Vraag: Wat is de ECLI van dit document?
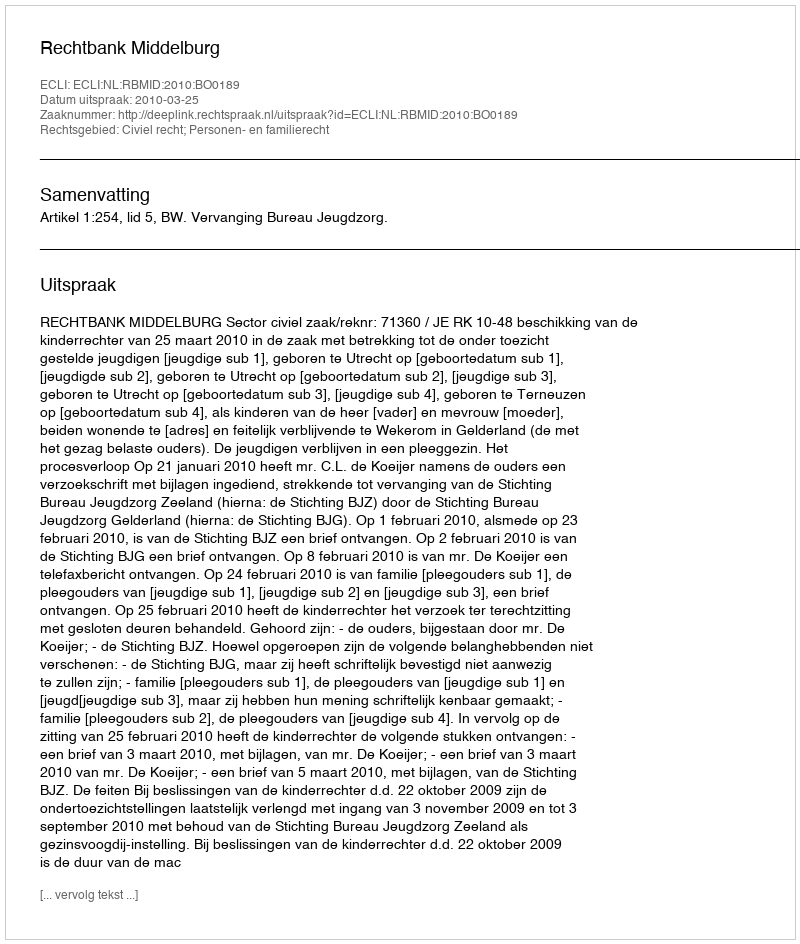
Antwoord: ECLI:NL:RBMID:2010:BO0189